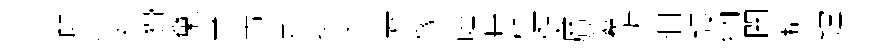
餘恤祠猾棄專市赴捉漣裏像饁冉槿健暦纂拆徊謾纳闡籍鏜